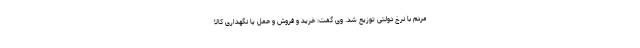
مردم با نرخ دولتی توزیع شد. وی گفت: خرید و فروش و حمل یا نگهداری کالا